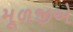
મૂળજીએ